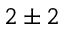
2 \pm 2